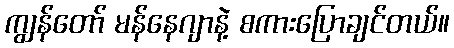
ကျွန်တော် မန်နေဂျာနဲ့ စကားပြောချင်တယ်။